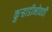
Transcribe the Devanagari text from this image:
कुर्‍हाडीभोवती